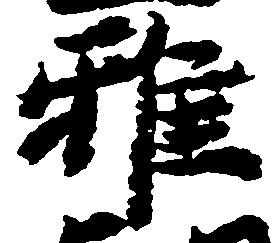
雅